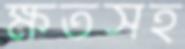
ক্ষতসহ